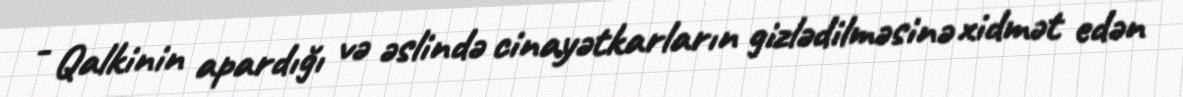
- Qalkinin apardığı və əslində cinayətkarların gizlədilməsinə xidmət edən